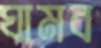
ঘামব